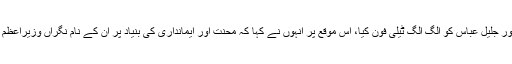
آصف زرداری نے ذکا اشرف اور جلیل عباس کو الگ الگ ٹیلی فون کیا، اس موقع پر انہوں نے کہا کہ محنت اور ایمانداری کی بنیاد پر ان کے نام نگراں وزیراعظم کے لیے تجویز کیے گئے ہیں۔